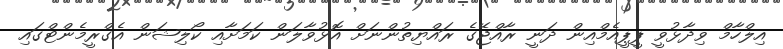
އިލްހާމް ވިދާޅުވީ ޕީޕީއެމްއިން ދަނީ ރާއްޖޭގެ ރައްޔިތުންނަށް އޮޅުވާލަން ކަމަށާއި ކޯލިޝަން އެގްރީމެންޓްގައި